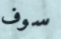
سوف